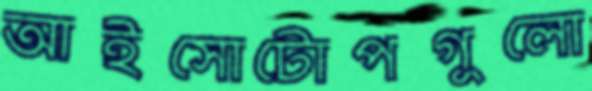
আইসোটোপগুলো